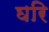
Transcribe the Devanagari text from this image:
घरि